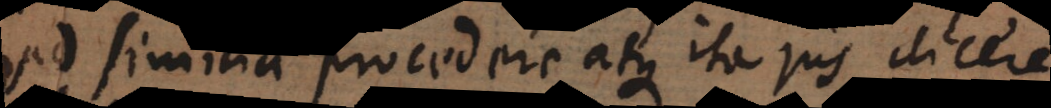
ad similia procedere atque ita jus dicere